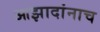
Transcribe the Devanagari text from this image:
आझादांनाच